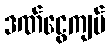
ဒဏ်ငွေကျပ်